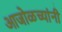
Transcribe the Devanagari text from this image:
आजोळच्यांनी